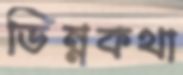
ভিন্নকথা